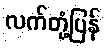
လက်တုံ့ပြန်